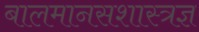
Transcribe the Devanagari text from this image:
बालमानसशास्त्रज्ञ